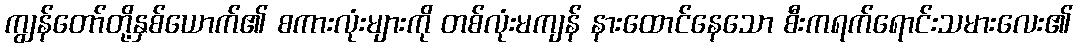
ကျွန်တော်တို့နှစ်ယောက်၏ စကားလုံးများကို တစ်လုံးမကျန် နားထောင်နေသော စီးကရက်ရောင်းသမားလေး၏